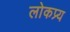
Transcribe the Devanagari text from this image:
लोकप्र्य